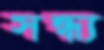
সন্ধ্য